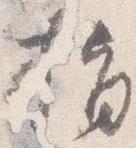
指